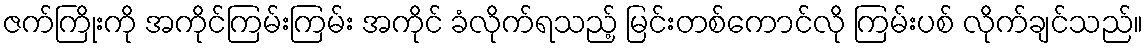
ဇက်ကြိုးကို အကိုင်ကြမ်းကြမ်း အကိုင် ခံလိုက်ရသည့် မြင်းတစ်ကောင်လို ကြမ်းပစ် လိုက်ချင်သည်။